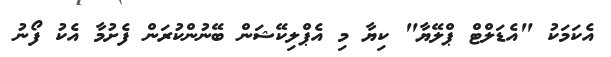
އެކަމަކު "އެޑަލްޓް ޕްލޭޔާ" ކިޔާ މި އެޕްލިކޭޝަން ބޭނުންކުރަން ފެށުމާ އެކު ފޯނު